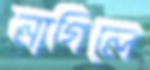
নাগিলে